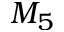
M _ { 5 }